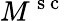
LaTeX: M^{\mathrm{~s~c~}}